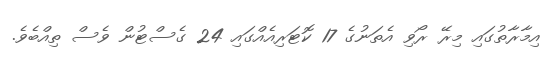
އިމާރާތުގައި މިރޭ ރޯވި އެތަނުގެ 17 ކޮޓަރިއެއްގައި 24 ގެސްޓުން ވެސް ތިއްބެވެ.